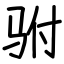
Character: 驸